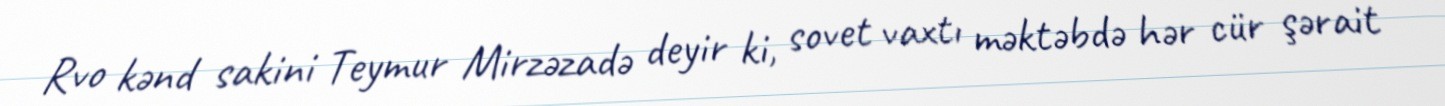
Rvo kənd sakini Teymur Mirzəzadə deyir ki, sovet vaxtı məktəbdə hər cür şərait